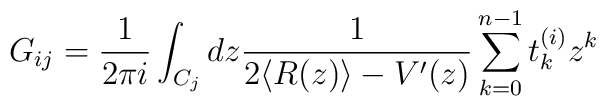
G_{ij}=\frac{1}{2\pi i}\int_{C_j} dz \frac{1}{2 \langle R(z)\rangle -V'(z)}\sum_{k=0}^{n-1}t^{(i)}_k z^k